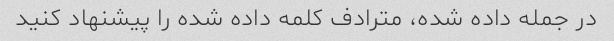
در جمله داده شده، مترادف کلمه داده شده را پیشنهاد کنید